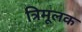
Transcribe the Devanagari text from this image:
त्रिमूलक